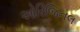
ઓરિજિનલ